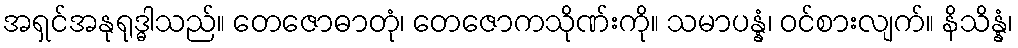
အရှင်အနုရုဒ္ဓါသည်။ တေဇောဓာတုံ၊ တေဇောကသိုဏ်းကို။ သမာပန္နံ၊ ဝင်စားလျက်။ နိသိန္နံ၊